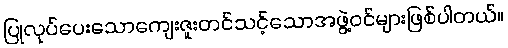
ပြုလုပ်ပေးသောကျေးဇူးတင်သင့်သောအဖွဲ့ဝင်များဖြစ်ပါတယ်။